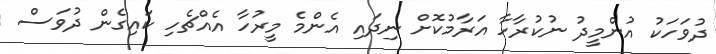
ދުވަހަކު އުންމީދު ނުކުރާހާ އަރާމުކޮށް ނިދައި އެންމެ މީރުހާ އެއްޗެހި ކައިގެން ދުވަސް